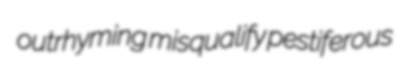
outrhyming misqualify pestiferous